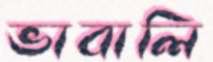
ভাবালি